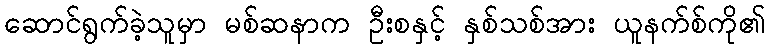
ဆောင်ရွက်ခဲ့သူမှာ မစ်ဆနာက ဦးစနှင့် နှစ်သစ်အား ယူနက်စ်ကို၏